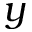
y